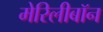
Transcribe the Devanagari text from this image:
मेरिलीबॉन